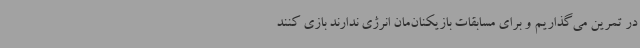
در تمرین می‌گذاریم و برای مسابقات بازیکنان‌مان انرژی ندارند بازی کنند